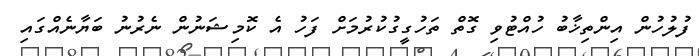
ފުލުހުން އިންތިޚާބު ހުއްޓުވި ގޮތް ތަހުގީގުކުރުމަށް ފަހު އެ ކޮމިޝަނުން ނެރުނު ބަޔާނެއްގައި